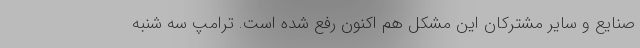
صنایع و سایر مشترکان این مشکل هم اکنون رفع شده است. ترامپ سه شنبه